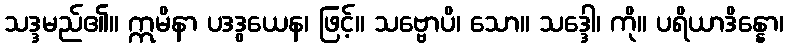
သဒ္ဒမည်၏။ ဣမိနာ ပဒဒွယေန၊ ဖြင့်။ သဗ္ဗောပိ၊ သော။ သဒ္ဒေါ၊ ကို။ ပရိယာဒိန္နော၊